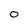
Character: o